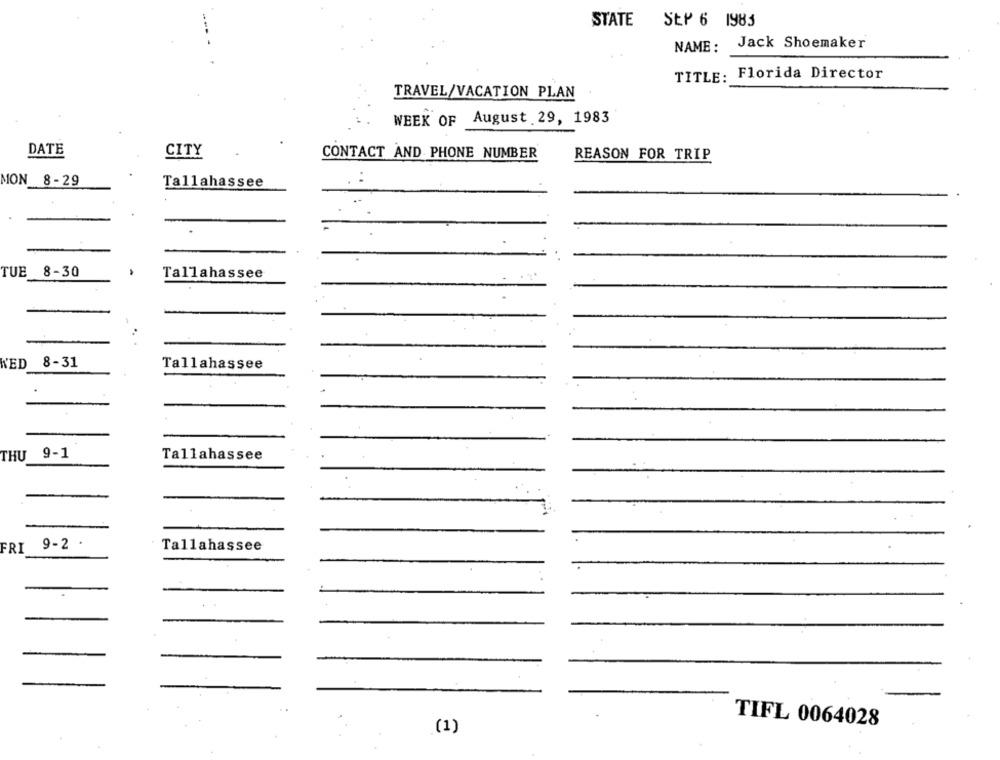
STATE
SEP 6 1985
Jack Shoemaker
NAME :
TITLE: Florida Director
TRAVEL/VACATION PLAN
WEEK OF August 29, 1983
DATE
CITY
CONTACT AND PHONE NUMBER
REASON FOR TRIP
MON 8-29
Tallahassee
TUE
8-30
Tallahassee
KED
8-31
Tallahassee
THU 9-1
Tallahassee
9-2 .
Tallahassee
FRI
TIFL 0064028
(1)